Document type: Sale
Year: 1326
Scribe: Bartomeu Marc
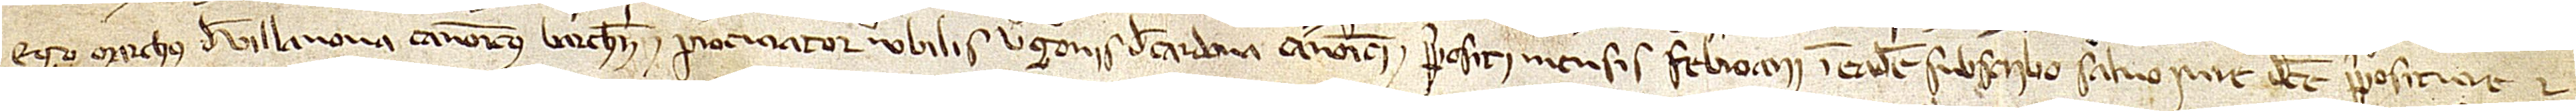
Ego Marchus de Villanova, canonicus Barchinone et procurator nobilis Ugonis de Cardona, canonici et prepositi mensis febroarii, in eadem subscribo, salvo iure dicte prepositure et.